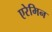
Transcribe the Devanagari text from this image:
एरेमिन